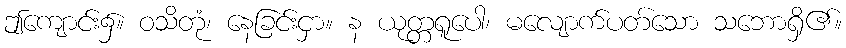
ဤကျောင်း၌။ ဝသိတုံ၊ နေခြင်းငှာ။ န ယုတ္တရူပေါ၊ မလျောက်ပတ်သော သဘောရှိ၏။